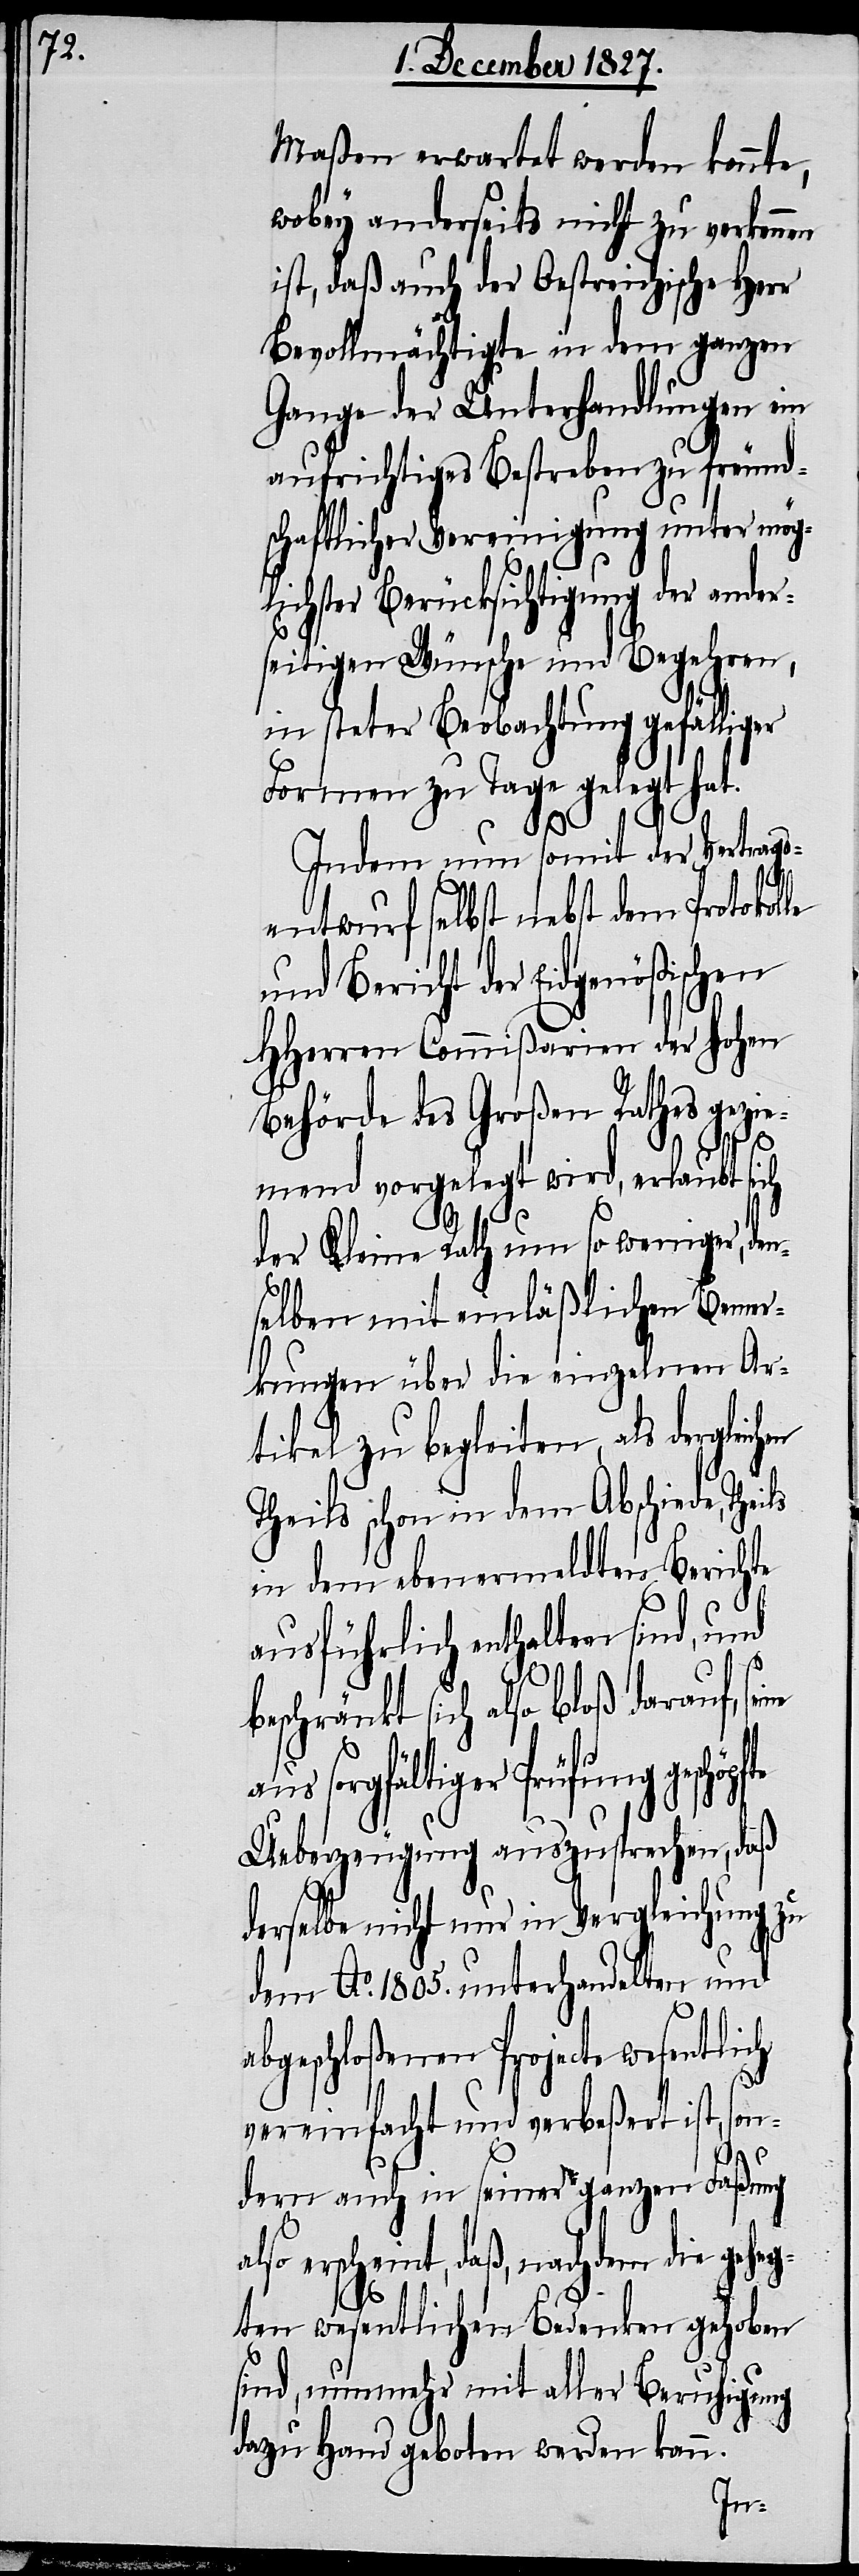
Maßen erwartet werden konnte,
wobey anderseits nicht zu verkenn¬
ist, daß auch der Oestreichische Herr
Bevollmächtigte in dem ganzen
Gange der Unterhandlungen ein
aufrichtiges Bestreben zu freund¬
schaftlicher Vereinigung unter mög¬
lichster Berücksichtigung der ander¬
seitigen Wünsche und Begehren,
in steter Beobachtung gefälliger
Formen zu Tage gelegt hat.
öpfte
Indem nun somit der Vertrags¬
entwurf selbst nebst dem Protokolle
und Bericht der Eidgenößischen
HHerren Commißarien der hohen
Behörde des Großen Rathes gezie¬
aus
mend vorgelegt wird, erlaubt sich
der Kleine Rath um so weniger, den¬
selben mit einläßlichen Bemer¬
kungen über die einzelnen Ar¬
tikel zu begleiten, als dergl¬
Theils schon in dem Abschiede,
in dem ebenermeldten Berichte
a¬
ausführlich enthalten sind, und
seine
beschränkt sich also bloß darauf,
sorgfältiger Prüfung gesch¬
Ueberzeugung auszusprechen, daß
derselbe nicht nur in Vergleichung zu
dem Ao. 1805. unterhandelten und
abgeschloßenen Projecte wesentlich
vereinfacht und verbeßert ist, son¬
dern auch in seiner ganzen Faßung
lso erscheint, daß, nachdem die geheg¬
ten wesentlichen Bedenken gehoben
sind, nunmehr mit aller Beruhigung
dazu Hand geboten werden kann.